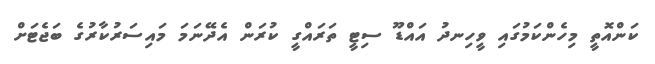
ކަންއޮތީ މިހެންކަމުގައި ވީހިނދު އައްޑޫ ސިޓީ ތަރައްގީ ކުރަން އެދޭނަމަ މައިސަރުކާރުގެ ބަޖެޓަށް